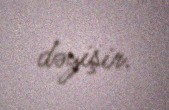
dəyişir.